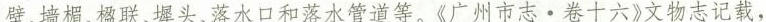
壁、墙楣、楹联、墀头、落水管道等。《广州市志 · 卷十六》文物志记载.